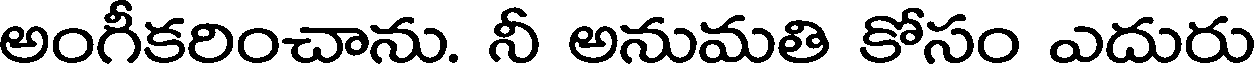
అంగీకరించాను. నీ అనుమతి కోసం ఎదురు